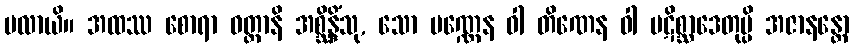
ပလာယိ။ အထဿ စောရာ ဝတ္ထာနိ အစ္ဆိန္ဒိံသု, သော ပဏ္ဏေန ဝါ တိဏေန ဝါ ပဋိစ္ဆာဒေတုမ္ပိ အဇာနန္တော